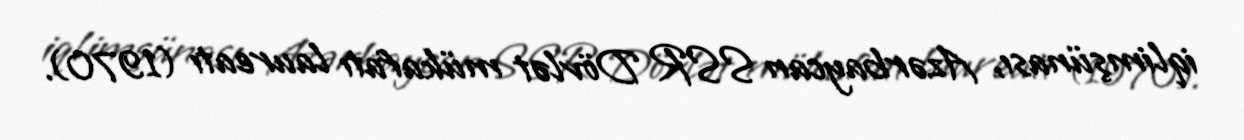
iqlimşünası, Azərbaycan SSR Dövlət mükafatı laureatı (1970).